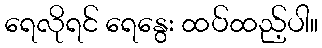
ရေလိုရင် ရေနွေး ထပ်ထည့်ပါ။